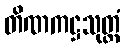
တိဏကဋ္ဌသုတ္တံ